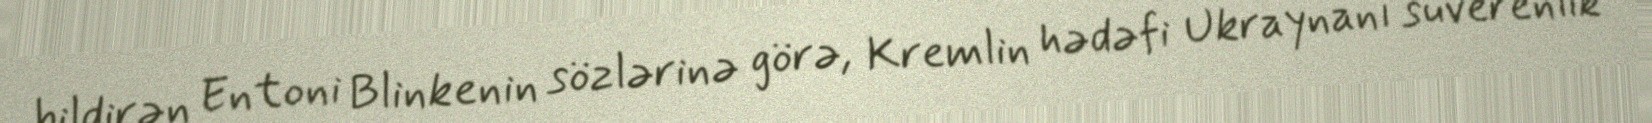
bildirən Entoni Blinkenin sözlərinə görə, Kremlin hədəfi Ukraynanı suverenlik